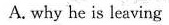
A. why he is leaving